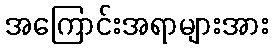
အကြောင်းအရာများအား